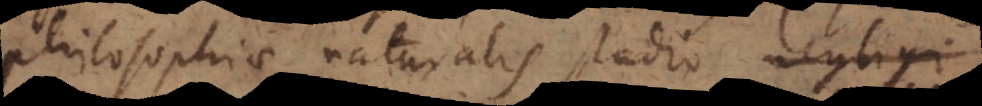
philosophiae naturalis studio neglig